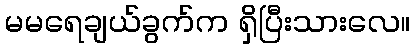
မမရေချယ်ခွက်က ရှိပြီးသားလေ။